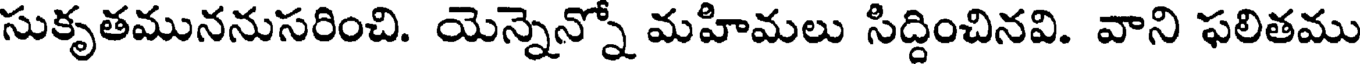
సుకృతముననుసరించి. యెన్నెన్నో మహిమలు సిద్దించినవి. వాని ఫలితము